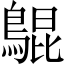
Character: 𪂳